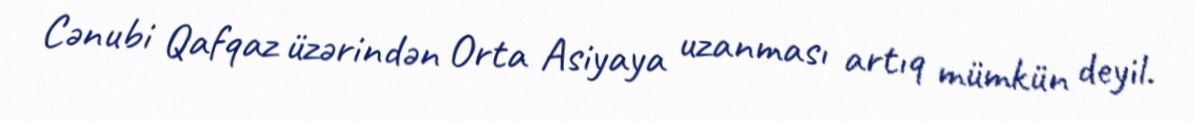
Cənubi Qafqaz üzərindən Orta Asiyaya uzanması artıq mümkün deyil.